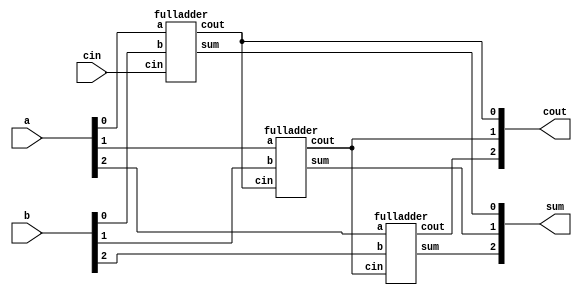
module top_module( 
    input [2:0] a, b,
    input cin,
    output [2:0] cout,
    output [2:0] sum );
    fulladder fa0(a[0],b[0],cin,sum[0],cout[0]);
    fulladder fa1(a[1],b[1],cout[0],sum[1],cout[1]);
    fulladder fa2(a[2],b[2],cout[1],sum[2],cout[2]);

endmodule

module fulladder(input a,b,cin, output sum,cout);
    assign {cout,sum}=a+b+cin;
endmodule